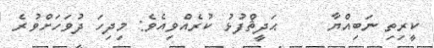
ކީރިތި ނަބިއްޔާ     ޙަދީޘްފުޅު ކުރެއްވިއެވެ: މިދިހަ ދުވަހަށްވުރެ